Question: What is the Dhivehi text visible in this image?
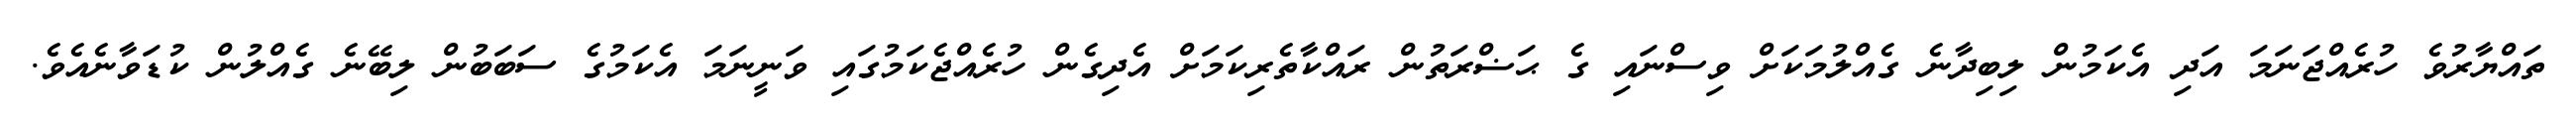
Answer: ތައްޔާރުވެ ހުރެއްޖަނަމަ އަދި އެކަމުން ލިބިދާނެ ގެއްލުމަކަށް ވިސްނައި ގެ ޙަޟްރަތުން ރައްކާތެރިކަމަށް އެދިގެން ހުރެއްޖެކަމުގައި ވަނީނަމަ އެކަމުގެ ސަބަބުން ލިބޭނެ ގެއްލުން ކުޑަވާނެއެވެ.